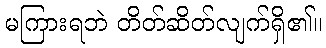
မကြားရဘဲ တိတ်ဆိတ်လျက်ရှိ၏။